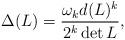
LaTeX: \begin{align*}\Delta(L) = \frac{\omega_k d(L)^k}{2^k \det L},\end{align*}